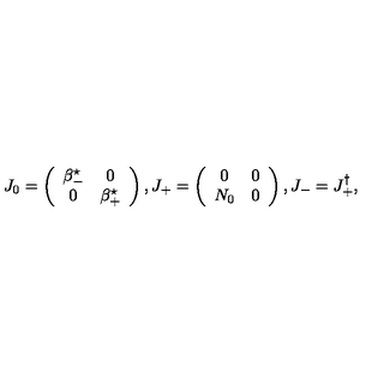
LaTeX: J _ { 0 } = \left( \begin{array} { c c } { \beta _ { - } ^ { \star } } & { 0 } \\ { 0 } & { \beta _ { + } ^ { \star } } \\ \end{array} \right) , J _ { + } = \left( \begin{array} { c c } { 0 } & { 0 } \\ { N _ { 0 } } & { 0 } \\ \end{array} \right) , J _ { - } = J _ { + } ^ { \dag } ,